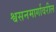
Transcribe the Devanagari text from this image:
श्वसनमार्गावरील